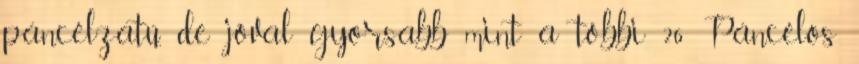
páncélzatú, de jóval gyorsabb mint a többi 26 Páncélos